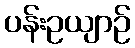
ပန်းဥယျာဉ်